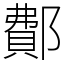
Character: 鄪